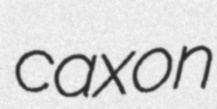
caxon